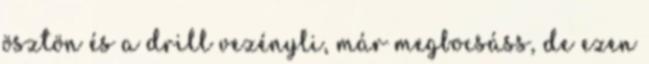
ösztön és a drill vezényli, már megbocsáss, de ezen